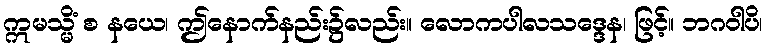
ဣမသ္မိံ စ နယေ၊ ဤနောက်နည်း၌လည်း။ လောကပါလသဒ္ဒေန၊ ဖြင့်။ ဘဂဝါပိ၊